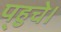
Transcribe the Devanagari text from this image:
प्‌हुचे।